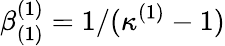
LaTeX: \beta_{(1)}^{(1)}=1/(\kappa^{(1)}-1)